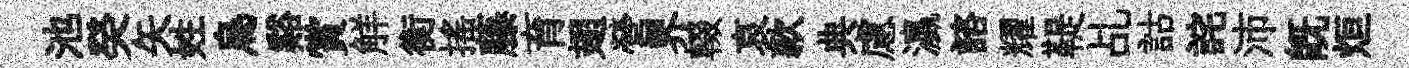
池癸矢姓烏谿賞觧衡揺藤育翅營界輟哀款典慮瀛諮耀鞮乩詁詫沛旣烜